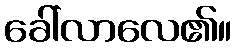
ခေါ်လာလေ၏။